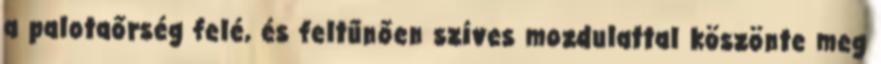
a palotaőrség felé, és feltűnően szíves mozdulattal köszönte meg